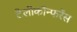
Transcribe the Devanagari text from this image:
टेलीकॉन्फरेंस